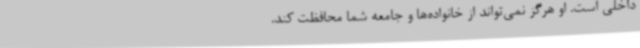
داخلی است. او هرگز نمی‌تواند از خانواده‌ها و جامعه شما محافظت کند.